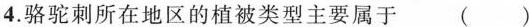
4.骆驼刺所在地区的植被类型主要属于 ()